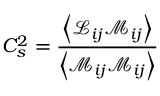
C _ { s } ^ { 2 } = { \frac { \left\langle { \mathcal { L } } _ { i j } { \mathcal { M } } _ { i j } \right\rangle } { \left\langle { \mathcal { M } } _ { i j } { \mathcal { M } } _ { i j } \right\rangle } }